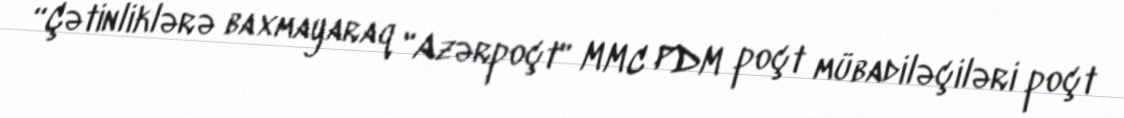
“Çətinliklərə baxmayaraq "Azərpoçt" MMC PDM poçt mübadiləçiləri poçt